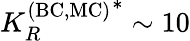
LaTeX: {K_{R}^{\mathrm{(BC,MC)}}}^{*}\sim 10